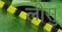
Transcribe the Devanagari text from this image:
लीसु